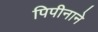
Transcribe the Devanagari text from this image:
पिपीनाने